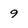
Character: 9